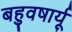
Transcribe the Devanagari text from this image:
बहुवषार्यू